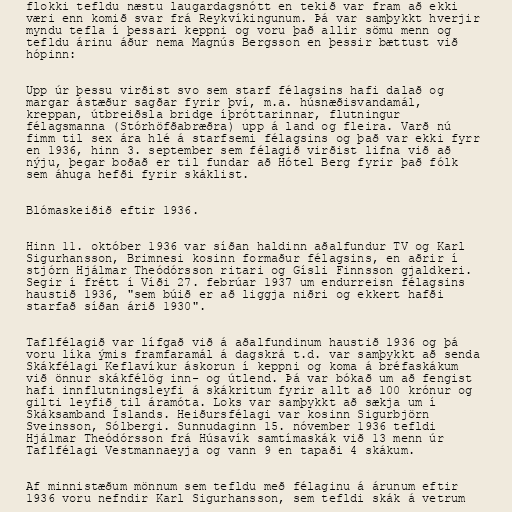
flokki tefldu næstu laugardagsnótt en tekið var fram að ekki
væri enn komið svar frá Reykvíkingunum. Þá var samþykkt hverjir
myndu tefla í þessari keppni og voru það allir sömu menn og
tefldu árinu áður nema Magnús Bergsson en þessir bættust við
hópinn:

Upp úr þessu virðist svo sem starf félagsins hafi dalað og
margar ástæður sagðar fyrir því, m.a. húsnæðisvandamál,
kreppan, útbreiðsla bridge íþróttarinnar, flutningur
félagsmanna (Stórhöfðabræðra) upp á land og fleira. Varð nú
fimm til sex ára hlé á starfsemi félagsins og það var ekki fyrr
en 1936, hinn 3. september sem félagið virðist lifna við að
nýju, þegar boðað er til fundar að Hótel Berg fyrir það fólk
sem áhuga hefði fyrir skáklist.

Blómaskeiðið eftir 1936.

Hinn 11. október 1936 var síðan haldinn aðalfundur TV og Karl
Sigurhansson, Brimnesi kosinn formaður félagsins, en aðrir í
stjórn Hjálmar Theódórsson ritari og Gísli Finnsson gjaldkeri.
Segir í frétt í Víði 27. febrúar 1937 um endurreisn félagsins
haustið 1936, "sem búið er að liggja niðri og ekkert hafði
starfað síðan árið 1930".

Taflfélagið var lífgað við á aðalfundinum haustið 1936 og þá
voru líka ýmis framfaramál á dagskrá t.d. var samþykkt að senda
Skákfélagi Keflavíkur áskorun í keppni og koma á bréfaskákum
við önnur skákfélög inn- og útlend. Þá var bókað um að fengist
hafi innflutningsleyfi á skákritum fyrir allt að 100 krónur og
gilti leyfið til áramóta. Loks var samþykkt að sækja um í
Skáksamband Íslands. Heiðursfélagi var kosinn Sigurbjörn
Sveinsson, Sólbergi. Sunnudaginn 15. nóvember 1936 tefldi
Hjálmar Theódórsson frá Húsavík samtímaskák við 13 menn úr
Taflfélagi Vestmannaeyja og vann 9 en tapaði 4 skákum.

Af minnistæðum mönnum sem tefldu með félaginu á árunum eftir
1936 voru nefndir Karl Sigurhansson, sem tefldi skák á vetrum